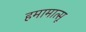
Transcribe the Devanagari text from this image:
हमामात्सू